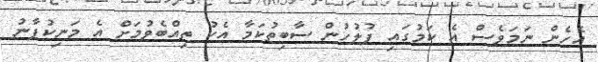
އެހެން ނަމަވެސް އެ ކަމުގައި ފުލުހުން ސާބިތުކަމާ އެކު ތިއްބެވުމަށް އެ މަނިކުފާނު